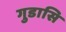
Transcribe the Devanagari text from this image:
गुडासि